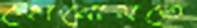
কোনোমতে